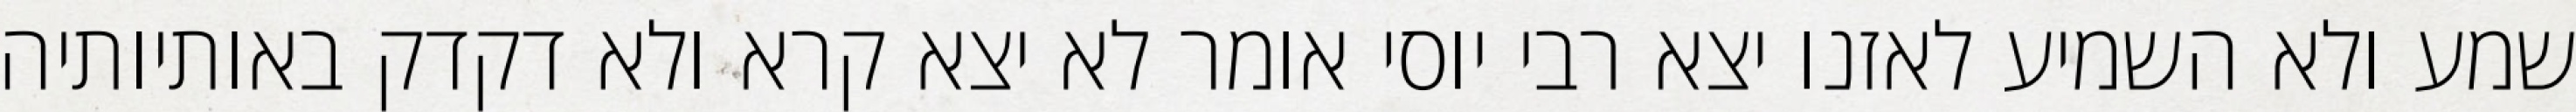
שמע ולא השמיע לאזנו יצא רבי יוסי אומר לא יצא קרא ולא דקדק באותיותיה